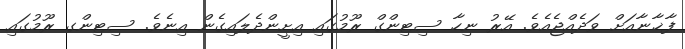
ފާޚާނާއަށް ވަދެއްޖެއެވެ. އޭރު ނިހާ ސިޓިންގް ރޫމުގައި އިށީންދެލައިގެން އިނެވެ. ސިޓިންގ ރޫމުގައި